Report on enteric fever
Disease focus: Fever
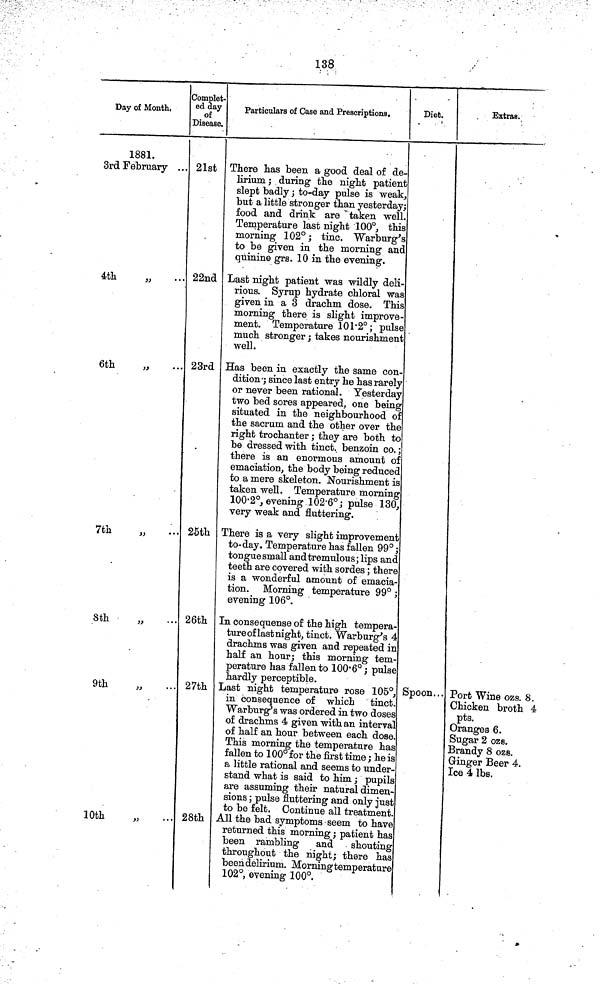
138
Day of Month,
1881.
3rd February ...
4th
6th
"
7th
8th
"
9th
10th
Complet-
ed day
of
Disease.
21st
22nd
23rd
25th
26th
27th
28th
Particulars of Case and Prescriptions.
There has been a good deal of de-
lirium; during the night patient
slept badly ; to-day pulse is weak,
but a little stronger than yesterday;
food and drink are taken well.
Temperature last night 100°, this
morning 102° ; tine. Warburg's
to be given in the morning and
quinine grs. 10 in the evening.
Last night patient was wildly deli-
rious. Syrup hydrate chloral was
given in a 3 drachm dose. This
morning there is slight improve-
ment. Temperature 101 2°; pulse
much stronger ; takes nourishment
well.
Has been in exactly the same con-
dition ; since last entry he has rarely
or never been rational. Yesterday
two bed sores appeared, one being
situated in the neighbourhood of
the sacrum and the other over the
right trochanter ; they are both to
be dressed with tinct. benzoin co. ;
there is an enormous amount of
emaciation, the body being reduced
to a mere skeleton. Nourishment is
taken well. Temperature morning
100 2°, evening 102 6°; pulse 130,
very weak and fluttering.
There is a very slight improvement
to-day. Temperature has fallen 99°;
tongue small and tremulous; lips and
teeth are covered with sordes ; there
is a wonderful amount of emacia-
tion. Morning temperature 99° ;
evening 106°.
In consequense of the high tempera-
ture of last night, tinct. Warburg's 4
drachms was given and repeated in
half an hour; this morning tem-
perature has fallen to 100 6°; pulse
hardly perceptible.
Last night temperature rose 105°,
in consequence of which tinct.
Warburg's was ordered in two doses
of drachms 4 given with an interval
of half an hour between each dose.
This morning the temperature has
fallen to 100° for the first time ; he is
a little rational and seems to under-
stand what is said to him ; pupils
are assuming their natural dimen-
sions ; pulse fluttering and only just
to be felt. Continue all treatment.
All the bad symptoms seem to have
returned this morning ; patient has
been rambling
and
shouting
throughout the night; there has
been delirium. Morning temperature
102°, evening 100°.
Diet.
Spoon...
Extras.
%
Port Wine ozs. 8.
Chicken broth 4
pts.
Oranges 6.
Sugar 2 ozs..
Brandy 8 ozs.
Ginger Beer 4.
Ice 4 lbs.